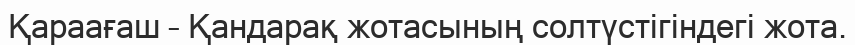
Қараағаш – Қандарақ жотасының солтүстігіндегі жота.